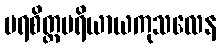
ပရစိတ္တပရိယာယကုသလေန